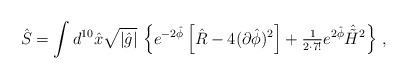
\begin{align*}\hat{S} = \int d^{10}\hat{x}\sqrt{|\hat{g}|}\,\left\{e^{-2\hat{\phi}}\left[ \hat{R} -4(\partial\hat{\phi})^{2}\right] +{\textstyle\frac{1}{2\cdot 7!}} e^{2\hat{\phi}}\hat{\tilde{H}}{}^{2}\right\}\, ,\end{align*}